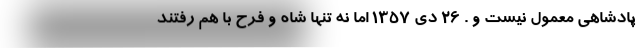
پادشاهی معمول نیست و . 26 دی 1357 اما نه تنها شاه و فرح با هم رفتند